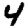
Digit: 4